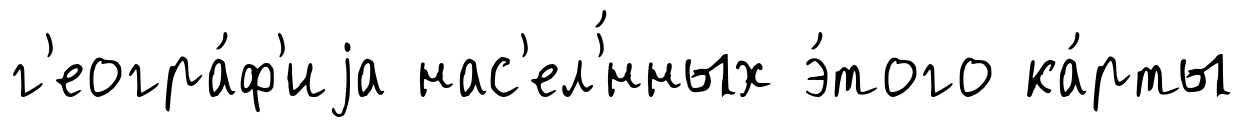
г'еогра́ф'иjа нас'ел'́нных э́того ка́рты